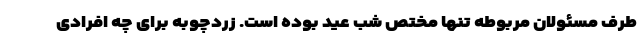
طرف مسئولان مربوطه تنها مختص شب عید بوده است. زردچوبه برای چه افرادی